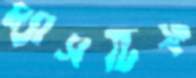
ম্যাসটিফ